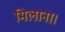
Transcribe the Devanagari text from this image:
मिलाना।